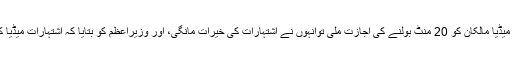
وزیراعظم سے ملاقات میں میڈیا مالکان کو 20 منٹ بولنے کی اجازت ملی توانہوں نے اشتہارات کی خیرات مانگی، اور وزیراعظم کو بتایا کہ اشتہارات میڈیا کے لیے کیوں ضروری ہیں۔